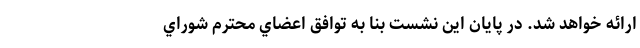
ارائه خواهد شد. در پایان این نشست بنا به توافق اعضاي محترم شوراي